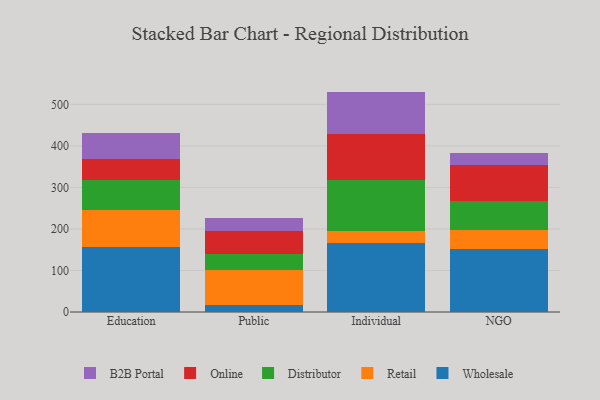
{"axis": {"x": "Segment", "y": "Humidity (%)"}, "legend": ["B2B Portal", "Distributor", "Online", "Retail", "Wholesale"], "data": [{"x": "Education", "y": 156.4, "type": "Wholesale"}, {"x": "Education", "y": 90.0, "type": "Retail"}, {"x": "Education", "y": 72.4, "type": "Distributor"}, {"x": "Education", "y": 49.0, "type": "Online"}, {"x": "Education", "y": 62.8, "type": "B2B Portal"}, {"x": "Public", "y": 17.7, "type": "Wholesale"}, {"x": "Public", "y": 83.3, "type": "Retail"}, {"x": "Public", "y": 37.5, "type": "Distributor"}, {"x": "Public", "y": 57.6, "type": "Online"}, {"x": "Public", "y": 29.6, "type": "B2B Portal"}, {"x": "Individual", "y": 166.7, "type": "Wholesale"}, {"x": "Individual", "y": 28.4, "type": "Retail"}, {"x": "Individual", "y": 122.5, "type": "Distributor"}, {"x": "Individual", "y": 110.0, "type": "Online"}, {"x": "Individual", "y": 103.2, "type": "B2B Portal"}, {"x": "NGO", "y": 152.5, "type": "Wholesale"}, {"x": "NGO", "y": 45.5, "type": "Retail"}, {"x": "NGO", "y": 70.5, "type": "Distributor"}, {"x": "NGO", "y": 86.6, "type": "Online"}, {"x": "NGO", "y": 27.5, "type": "B2B Portal"}]}